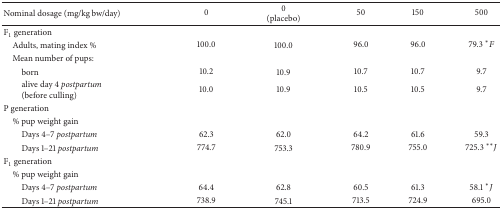
<table><thead><tr><td><b>Nominal dosage (mg/kg bw/day)</b></td><td><b>0</b></td><td><b>0(placebo)</b></td><td><b>50</b></td><td><b>150</b></td><td><b>500</b></td></tr></thead><tbody><tr><td>F<sub>1</sub> generation</td><td> </td><td> </td><td> </td><td> </td><td> </td></tr><tr><td> Adults, mating index %</td><td>100.0</td><td>100.0</td><td>96.0</td><td>96.0</td><td>79.3 <sup><i>∗</i></sup><i>F</i></td></tr><tr><td> Mean number of pups:</td><td> </td><td> </td><td> </td><td> </td><td> </td></tr><tr><td>born</td><td>10.2</td><td>10.9</td><td>10.7</td><td>10.7</td><td>9.7</td></tr><tr><td>alive day 4 <i>postpartum</i>(before culling)</td><td>10.0</td><td>10.9</td><td>10.5</td><td>10.5</td><td>9.7</td></tr><tr><td>P generation</td><td> </td><td> </td><td> </td><td> </td><td> </td></tr><tr><td> % pup weight gain</td><td> </td><td> </td><td> </td><td> </td><td> </td></tr><tr><td>Days 4–7 <i>postpartum</i></td><td>62.3</td><td>62.0</td><td>64.2</td><td>61.6</td><td>59.3</td></tr><tr><td>Days 1–21 <i>postpartum</i></td><td>774.7</td><td>753.3</td><td>780.9</td><td>755.0</td><td>725.3 <sup><i>∗∗</i></sup><i>J</i></td></tr><tr><td>F<sub>1</sub> generation</td><td> </td><td> </td><td> </td><td> </td><td> </td></tr><tr><td> % pup weight gain</td><td> </td><td> </td><td> </td><td> </td><td> </td></tr><tr><td>Days 4–7 <i>postpartum</i></td><td>64.4</td><td>62.8</td><td>60.5</td><td>61.3</td><td>58.1 <sup><i>∗</i></sup><i>J</i></td></tr><tr><td>Days 1–21 <i>postpartum</i></td><td>738.9</td><td>745.1</td><td>713.5</td><td>724.9</td><td>695.0</td></tr></tbody></table>